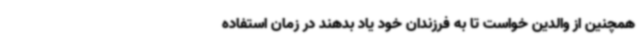
همچنین از والدین خواست تا به فرزندان خود یاد بدهند در زمان استفاده